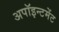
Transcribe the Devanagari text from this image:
अपॉइन्टमेंट